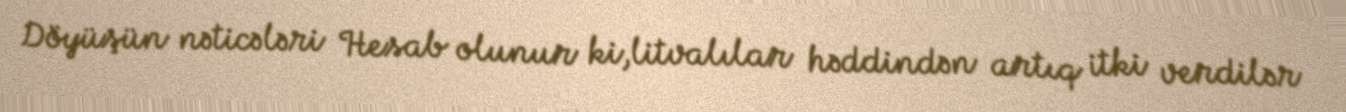
Döyüşün nəticələri Hesab olunur ki,litvalılar həddindən artıq itki verdilər